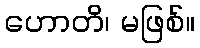
ဟောတိ၊ မဖြစ်။